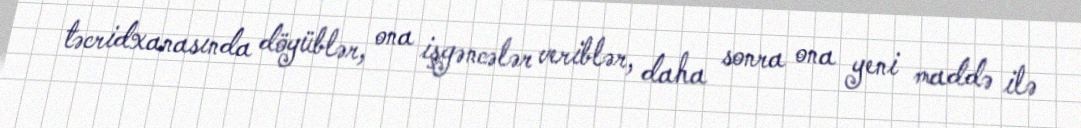
təcridxanasında döyüblər, ona işgəncələr veriblər, daha sonra ona yeni maddə ilə